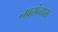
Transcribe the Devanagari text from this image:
नवसंन्यास